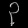
Digit: ၃